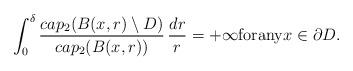
LaTeX: \begin{align*}\int_0^\delta\frac{cap_2 (B(x, r)\setminus D)}{cap_2 (B(x, r))}\,\frac{dr}{r}=+\infty {\rm for any} x\in\partial D.\end{align*}